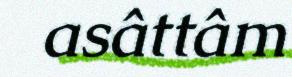
asâttâm